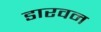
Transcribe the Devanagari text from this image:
डारवन